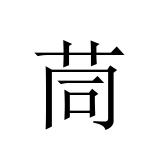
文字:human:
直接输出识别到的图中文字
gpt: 茼